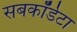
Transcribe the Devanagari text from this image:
सबकॉर्डेटा